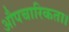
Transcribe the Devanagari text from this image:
औपचारिकता।